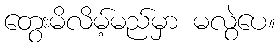
တွေးမိလိမ့်မည်မှာ မလွဲပေ။